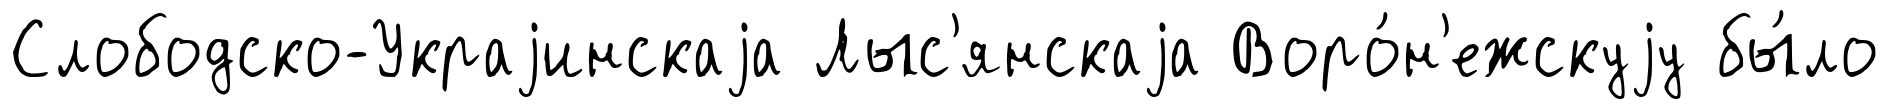
Слободско-Украjинскаjа Лыс'янскаjа Воро́н'ежскуjу бы́ло